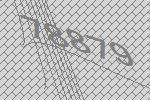
78879